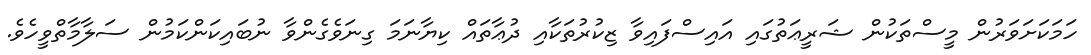
ހަމަކަށަވަރުން މީސްތަކުން ޝަރީޢަތުގައިި އައިސްފައިވާ ޒިކުރުތަކާއި ދުޢާތައް ކިޔާނަމަ ގިނަވެގެންވާ ނުބައިކަންކަމުން ސަލާމާތްވީހެވެ.